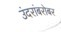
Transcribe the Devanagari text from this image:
उंदरांबरोबर